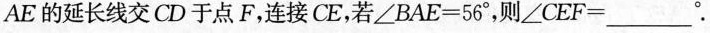
AE的延长线交CD于点F，连接CE，若$$∠ B A E=5 6 °$$，则∠CEF=___°.